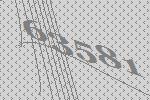
63581